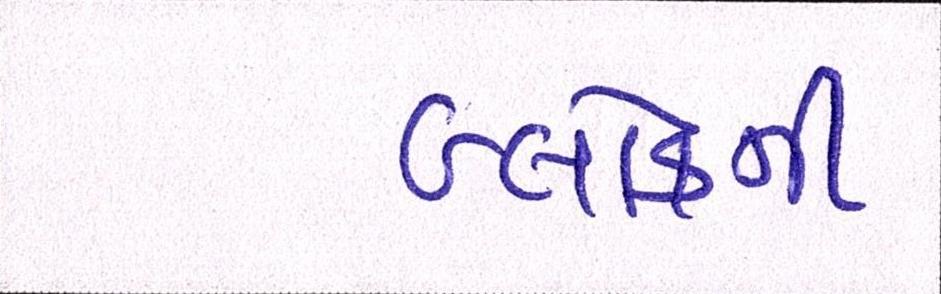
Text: બ્લોકની